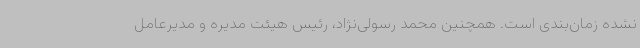
نشده زمان‌بندی است. همچنین محمد رسولی‌نژاد، رئیس هیئت مدیره و مدیرعامل